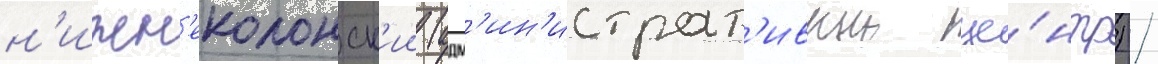
н'ижн'еколонск'ии (адм'ин'истрат'ивныи це́нтр) /